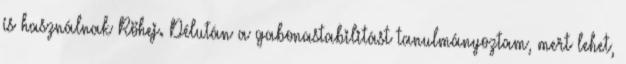
is használnak Röhej. Délután a gabonastabilitást tanulmányoztam, mert lehet,